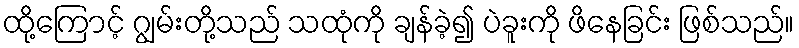
ထို့ကြောင့် ဂျွမ်းတို့သည် သထုံကို ချန်ခဲ့၍ ပဲခူးကို ဖိနေခြင်း ဖြစ်သည်။